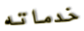
خدماته